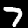
Label: 7